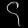
Digit: ၄